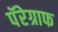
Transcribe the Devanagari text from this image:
पॅरेग्राफ